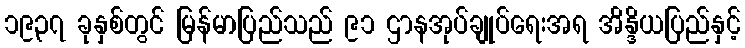
၁၉၃၇ ခုနှစ်တွင် မြန်မာပြည်သည် ၉၁ ဌာနအုပ်ချုပ်ရေးအရ အိန္ဒိယပြည်နှင့်